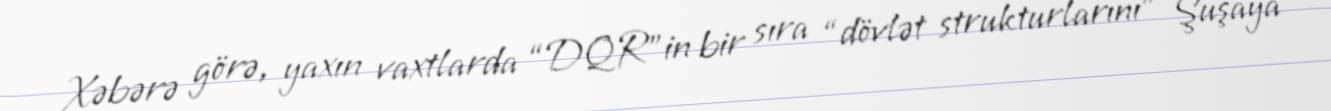
Xəbərə görə, yaxın vaxtlarda “DQR”in bir sıra “dövlət strukturlarını” Şuşaya